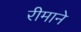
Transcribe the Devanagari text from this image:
रीमाने